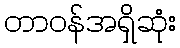
တာဝန်အရှိဆုံး